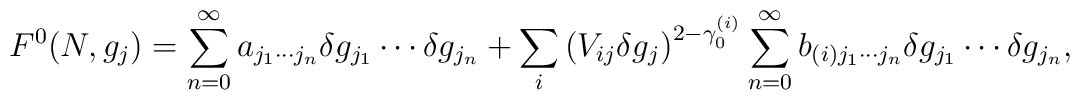
F^0(N,g_j) =\sum^{\infty}_{n=0} a_{j_1 \cdots j_n} \delta g_{j_1} \cdots \delta g_{j_n} + \sum_i \left( V_{ij} \delta g_j \right)^{2-\gamma_0^{(i)}}\sum^{\infty}_{n=0}  b_{(i) j_1 \cdots j_n} \delta g_{j_1} \cdots \delta g_{j_n},